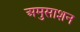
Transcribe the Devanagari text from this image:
अमुसाशन